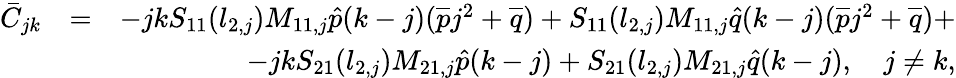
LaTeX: \begin{array}{rlr}{\bar{C}_{jk}}&{=}&{-jkS_{11}(l_{2,j})M_{11,j}\hat{p}(k-j)(\overline{{p}}j^{2}+\overline{{q}})+S_{11}(l_{2,j})M_{11,j}\hat{q}(k-j)(\overline{{p}}j^{2}+\overline{{q}})+}\\ &{}&{-jkS_{21}(l_{2,j})M_{21,j}\hat{p}(k-j)+S_{21}(l_{2,j})M_{21,j}\hat{q}(k-j),\quad j\neq k,}\end{array}